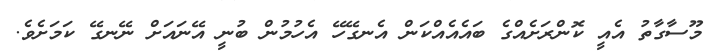
މޫސާގާތު އެއީ ކޮންރަށެއްގެ ބައެއެއްކަން އެނގޭހޭ އެހުމުން ބުނީ އޭނައަށް ނޭނގޭ ކަމަށެވެ.